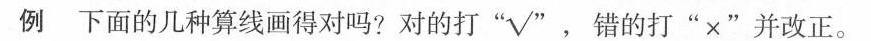
例 下面几种算线画得对吗？对的打“√”，错的打"×"并改正。